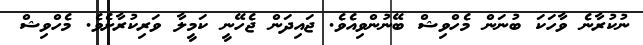
ނުކުރާނެ ވާހަކަ ބުނަން މެހްވިޝް ބޭނުންވިއެވެ. ޖައިދަން ޖެހޭނީ ކަމީލާ ވަރިކުރާށެވެ. މެހްވިޝް